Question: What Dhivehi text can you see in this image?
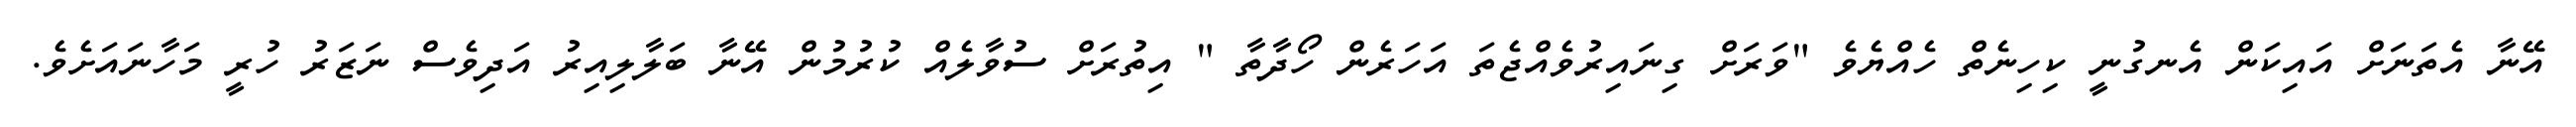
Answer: އޭނާ އެތަނަށް އައިކަން އެނގުނީ ކިހިނެތް ހެއްޔެވެ "ވަރަށް ގިނައިރުވެއްޖެތަ އަހަރެން ހޯދާތާ " އިތުރަށް ސުވާލެއް ކުރުމުން އޭނާ ބަލާލިއިރު އަދިވެސް ނަޒަރު ހުރީ މަހާނައަށެވެ.